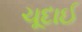
ચૂદાઈ